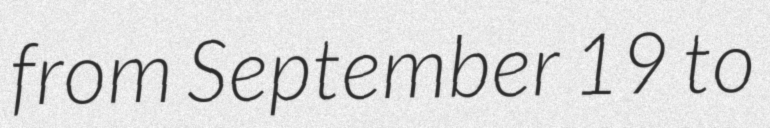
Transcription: from September 19 to